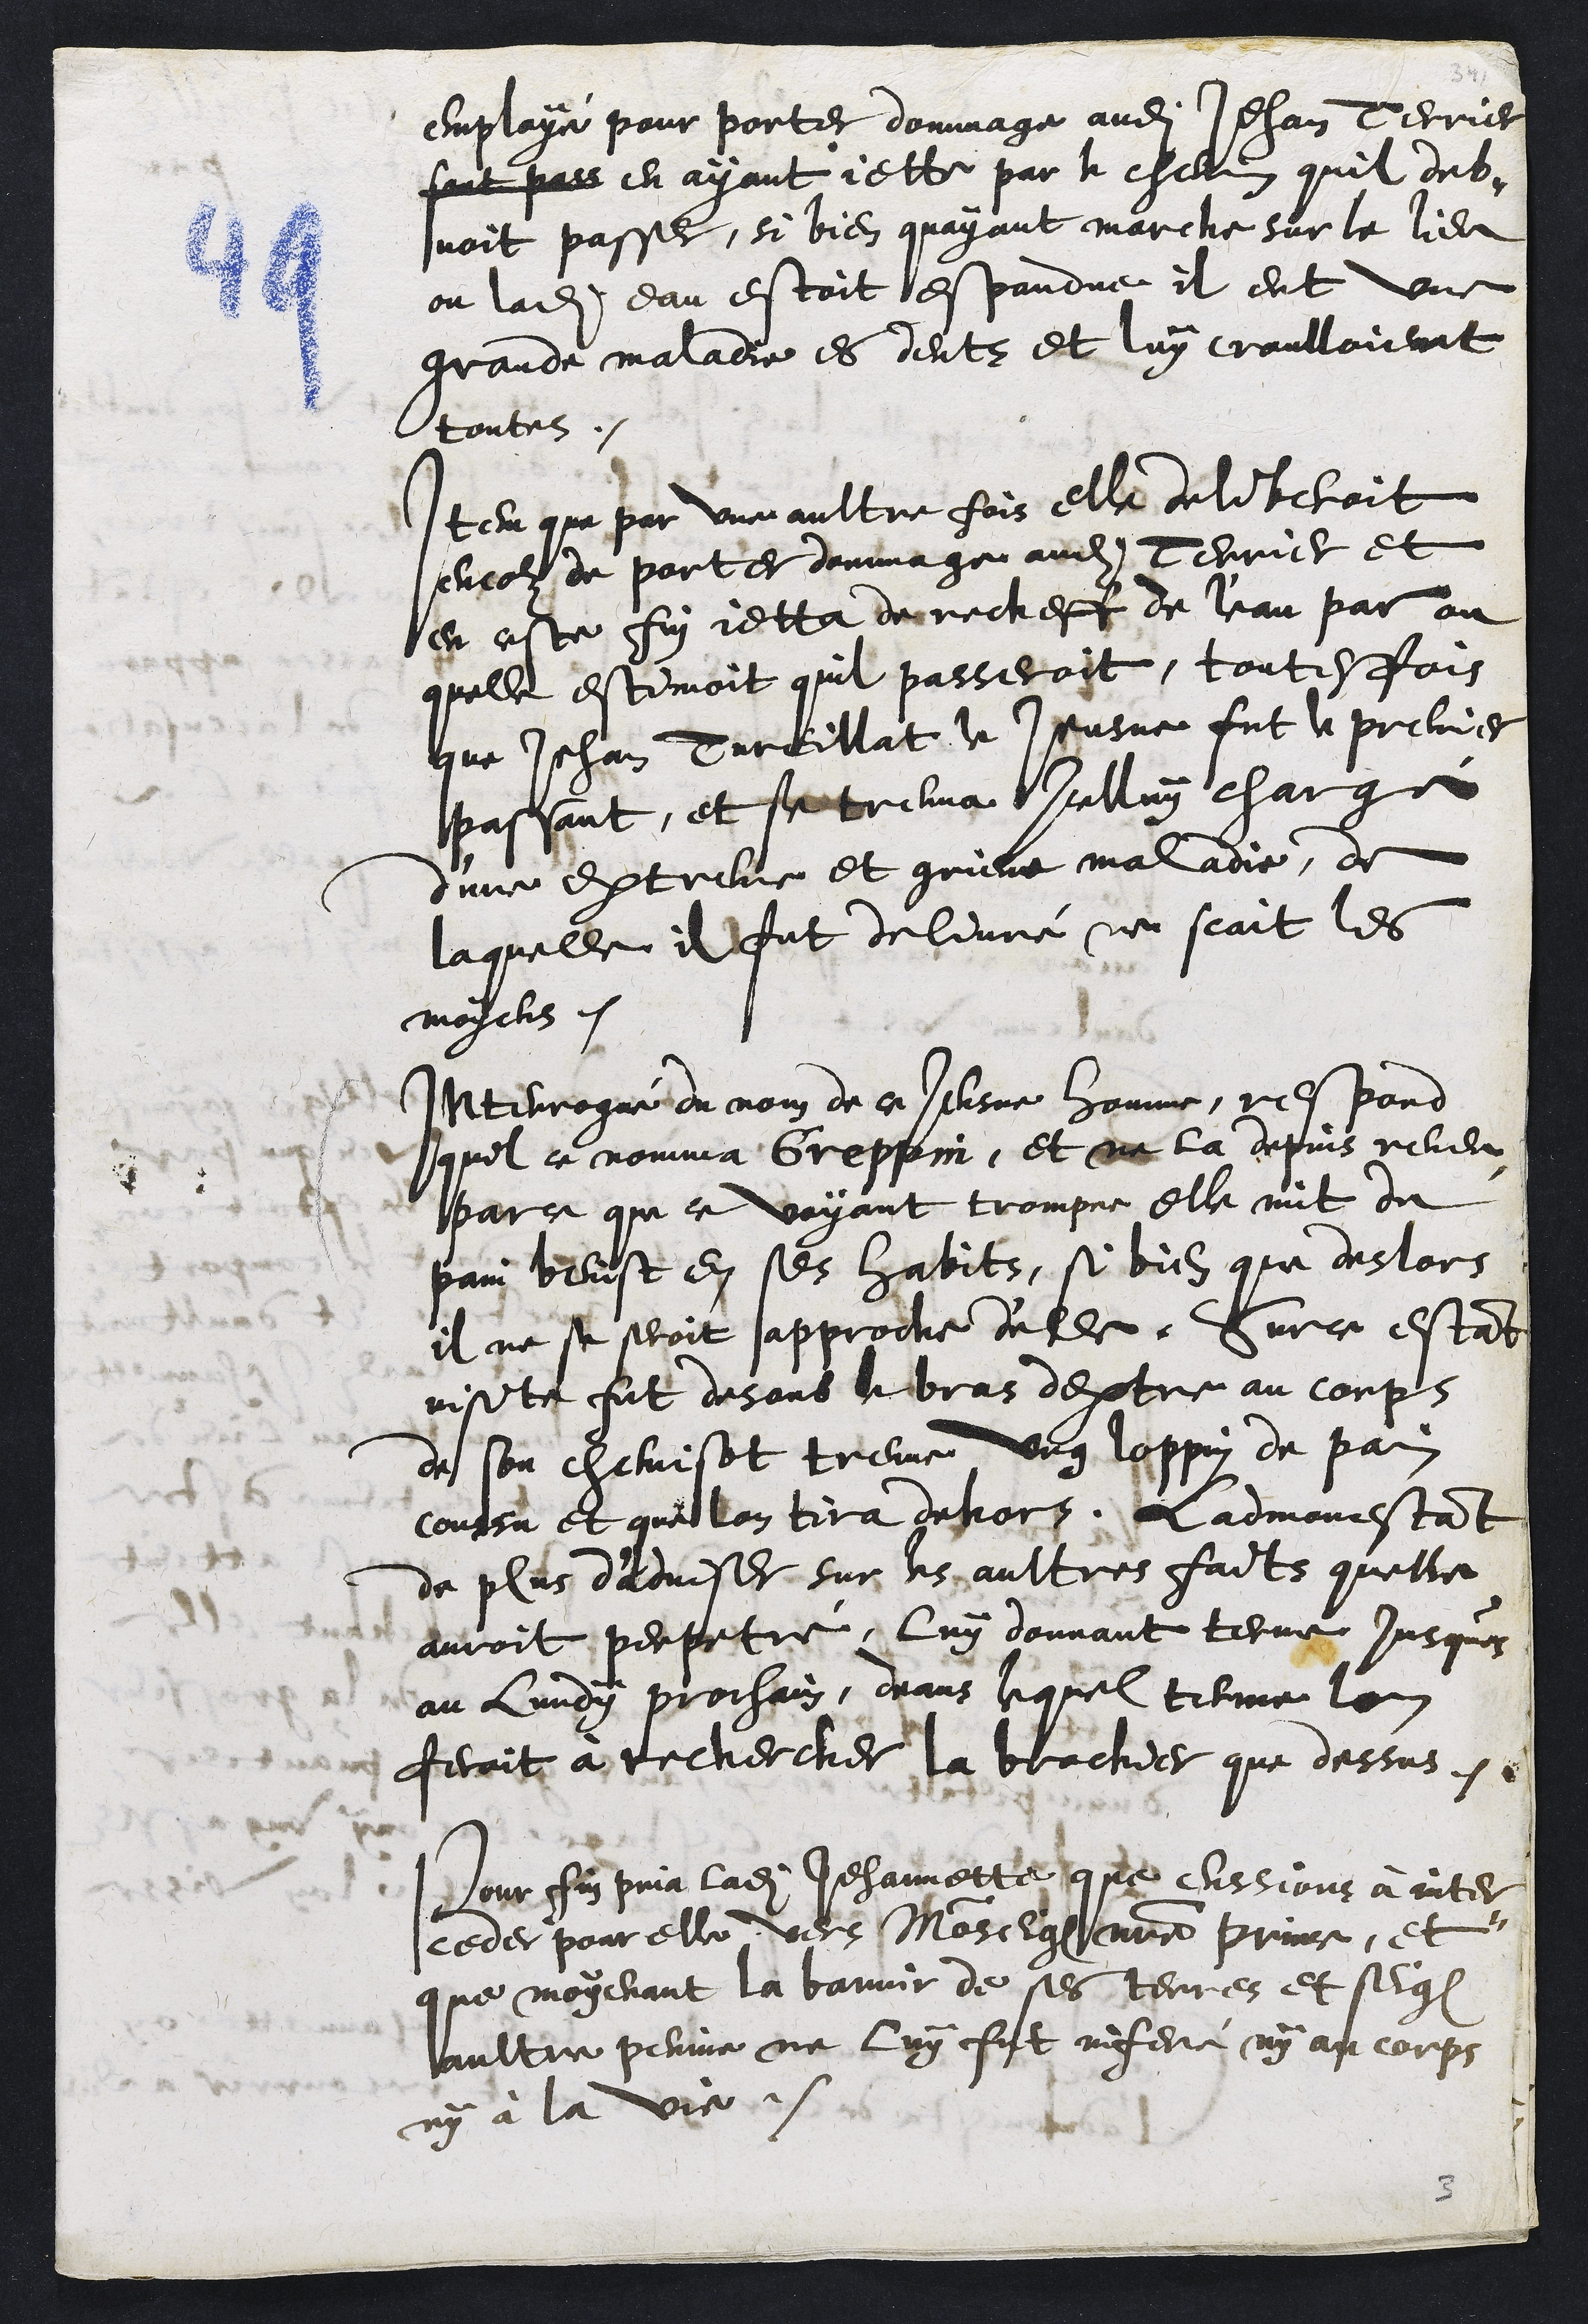
employé pour porter dommage audit Jehan Terrier
sont pass en ayant jette par le chemin quil deb¬
voit passer, si bien quayant marche sur le lieu
ou ladite eau estoit espandue il eut une
grande maladie es dents et luy croulloient
toutes.
Item que par une aultre fois elle deliberoit
encor de porter dommage audit Terrier et
en ceste fin jetta derecheff de l'eau par ou
quelle estimoit quil passeroit, toutesfois
que Jehan Tureillat le Jeusne fut le premier
passant, et se treuva Icelluy chargé
d'une extreme et grieve maladie, de
laquelle il fut delivré ne scait les
moyens.
Interrogué du nom de ce Jeusne homme, respond
quil ce nomma Greppin, et ne la depuis reveu,
parce que ce voyant trompee elle mit du
pain benist en ses habits, si bien que deslors
il ne se seroit approche d'elle. Surce estant
visite fut desoub le bras dextre au corps
de son chemisot treuve ung loppin de pain
coussu et que lon tira dehors. L'admonestant
de plus d'adviser sur les aultres faits quelle
auroit perpetré, luy donnant terme, jusques
au lundy prochain, deans lequel terme lon
feroit à rechercher la brochier que dessus.
Pour fin pria ladite Jehannette que eussions à inter¬
ceder pour elle vers Monseigneur notre prince, et
que moyenant la bannir de ses terres et seig
aultre peinne ne luy fut inferé ny au corps
ny à la vie.

3